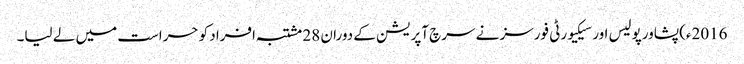
2016ء)پشاورپولیس اور سیکیورٹی فورسز نے سرچ آپریشن کے دوران 28 مشتبہ افراد کو حراست میں لے لیا۔